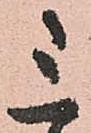
三